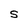
Character: S